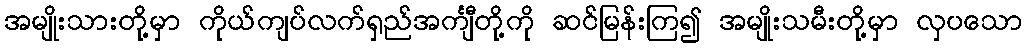
အမျိုးသားတို့မှာ ကိုယ်ကျပ်လက်ရှည်အင်္ကျီတို့ကို ဆင်မြန်းကြ၍ အမျိုးသမီးတို့မှာ လှပသော